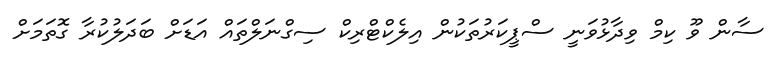
ސާން ވޫ ކިމް ވިދާޅުވަނީ ސްޕީކަރުތަކުން އިލެކްޓްރިކް ސިގްނަލްތައް އަޑަށް ބަދަލުކުރާ ގޮތަމަށް